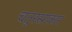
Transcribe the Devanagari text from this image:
चतुरस्राकार